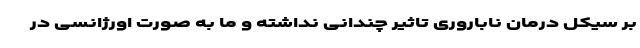
بر سیکل درمان ناباروری تاثیر چندانی نداشته و ما به صورت اورژانسی در